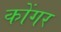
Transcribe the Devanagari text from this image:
कोंगर